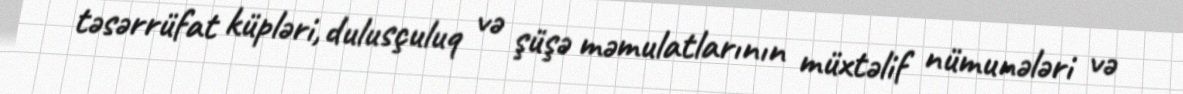
təsərrüfat küpləri, dulusçuluq və şüşə məmulatlarının müxtəlif nümunələri və